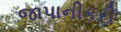
જાપાનીકરી